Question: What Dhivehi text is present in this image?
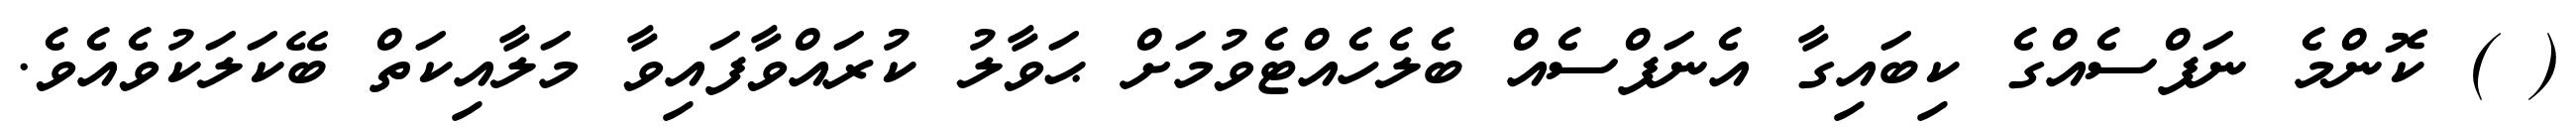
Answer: ( ) ކޮންމެ ނަފްސެއްގެ ކިބައިގާ އެނަފްސެއް ބެލެހެއްޓެވުމަށް ޙަވާލު ކުރައްވާފައިވާ މަލާއިކަތް ބޭކަލަކުވެއެވެ.